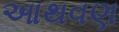
આથવણ